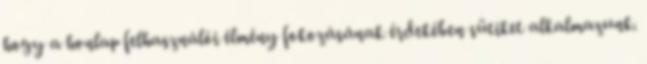
hogy a honlap felhasználói élmény fokozásának érdekében sütiket alkalmazunk.